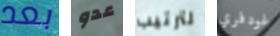
بعد عدو لترتيب غودفري